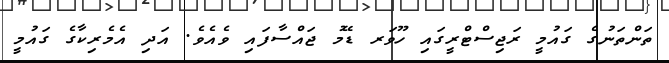
ތަންތަނުގެ ގައުމީ ރަޖިސްޓްރީގައި ހޫވަރ ޑޭމު ޖައްސާފައި ވެއެވެ. އަދި އެމެރިކާގެ ގައުމީ